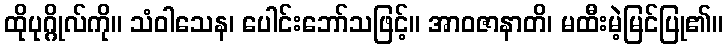
ထိုပုဂ္ဂိုလ်ကို။ သံဝါသေန၊ ပေါင်းဘော်သဖြင့်။ အာဝဇာနာတိ၊ မထီးမဲ့မြင်ပြု၏။